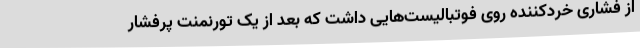
از فشاری خردکننده روی فوتبالیست‌هایی داشت که بعد از یک تورنمنت پرفشار